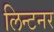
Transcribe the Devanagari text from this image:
लिन्टनर